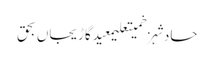
حادثہزخمیتعلیمعیدگاڑیجاں بحق